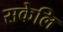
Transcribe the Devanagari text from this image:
सकेलि